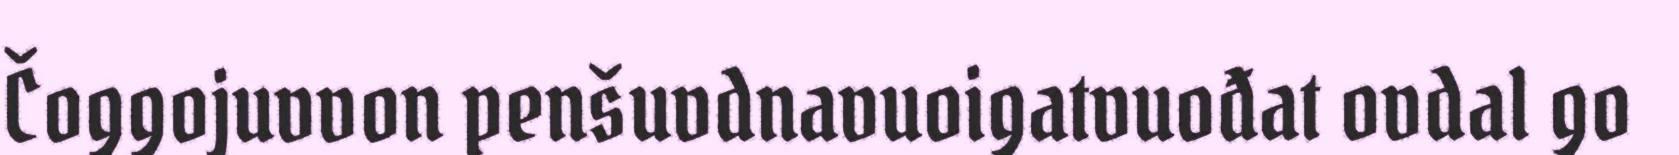
Čoggojuvvon penšuvdnavuoigatvuođat ovdal go